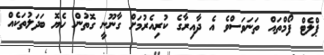
ޕްލެޓް ފޯމްތައް ތަނަވަސްވެ އެ ދާއިރާގެ ކުރިއެރުމަށް ގާނޫނީ ގޮތުން ހެޔޮ ބަދަލުތަކެއް